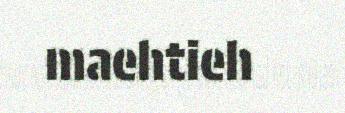
maehtieh